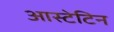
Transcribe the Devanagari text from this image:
आस्टेटिन